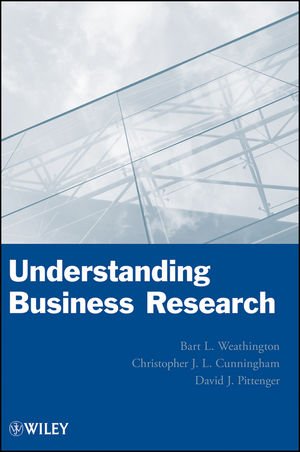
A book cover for Understanding Business Research; Bart L. Weathington; Business & Money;